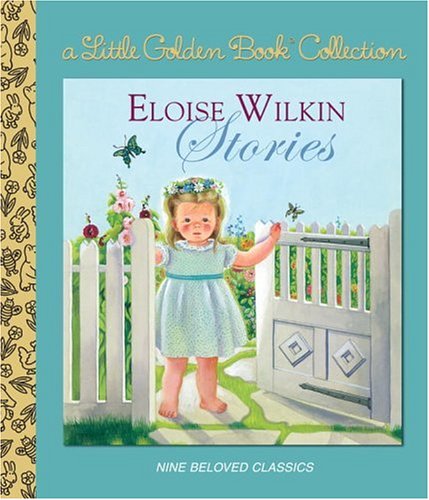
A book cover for Eloise Wilkin Stories (Little Golden Book Treasury); Golden Books; Children's Books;